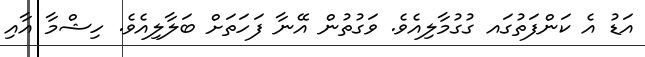
އަޑު އެ ކަންފަތުގައ ގުގުމާލިއެވެ. ވަގުތުން އޭނާ ފަހަތަށް ބަލާލިއެވެ. ހިޝްމާ އާއި